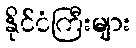
နိုင်ငံကြီးများ